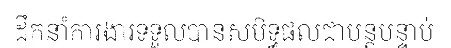
ដឹកនាំការងារទទួលបានសមិទ្ធផលជាបន្តបន្ទាប់